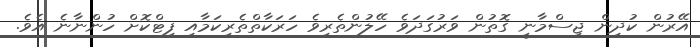
އޭރުން ކުދިން ޖިސްމާނީ ގޮތުން ވަރުގަދަވެ ހޭލުންތެރިވެ ހަރަކާތްތެރިކަމާއި ފިޓްކޮށް ހުންނާނެ އެވެ.